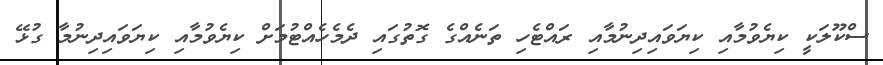
ސްކޫލަކީ ކިޔެވުމާއި ކިޔަވައިދިނުމާއި ރައްޓެހި ތަނެއްގެ ގޮތުގައި ދެމެހެއްޓުމަށް ކިޔެވުމާއި ކިޔަވައިދިނުމާ ގުޅޭ